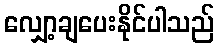
လျှော့ချပေးနိုင်ပါသည်